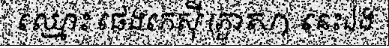
ឈ្មោះ ផេងកេស៊ី (ភ្ងាស) នេះឯង